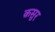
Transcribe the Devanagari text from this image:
क़सुर